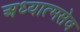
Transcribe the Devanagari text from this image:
अध्यात्मसेव